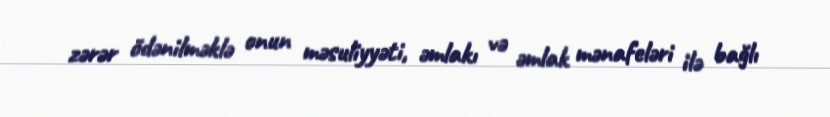
zərər ödənilməklə onun məsuliyyəti, əmlakı və əmlak mənafeləri ilə bağlı